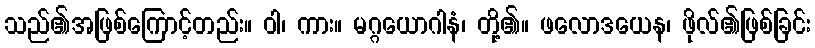
သည်၏အဖြစ်ကြောင့်တည်း။ ဝါ၊ ကား။ မဂ္ဂယောဂါနံ၊ တို့၏။ ဖလောဒယေန၊ ဖိုလ်၏ဖြစ်ခြင်း